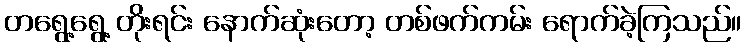
တရွေ့ရွေ့ တိုးရင်း နောက်ဆုံးတော့ တစ်ဖက်ကမ်း ရောက်ခဲ့ကြသည်။